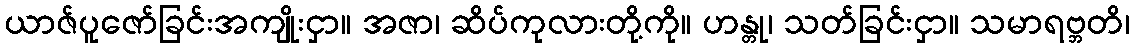
ယာဇ်ပူဇော်ခြင်းအကျိုးငှာ။ အဇာ၊ ဆိပ်ကုလားတို့ကို။ ဟန္တု၊ သတ်ခြင်းငှာ။ သမာရဗ္ဘတိ၊